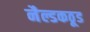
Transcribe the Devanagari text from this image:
नैल्डकठूड